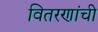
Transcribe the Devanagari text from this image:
वितरणांची